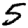
Digit: 5